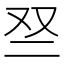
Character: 𫡱